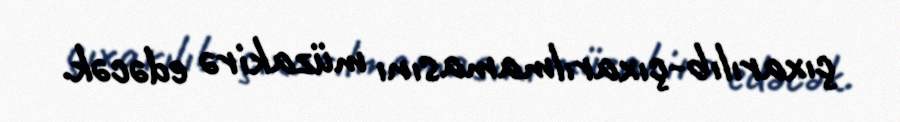
çıxarılıb-çıxarılmamasını müzakirə edəcək.